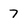
Character: 7